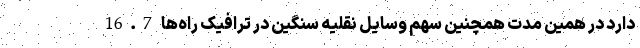
دارد در همین مدت همچنین سهم وسایل نقلیه سنگین در ترافیک راه‌ها 16.7